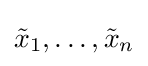
{\tilde {x}}_{1},\ldots ,{\tilde {x}}_{n}